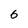
Character: 6